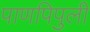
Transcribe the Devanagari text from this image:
पाणपिपुली